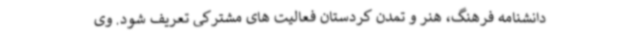
دانشنامه فرهنگ، هنر و تمدن کردستان فعالیت های مشترکی تعریف شود. وی